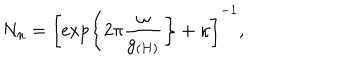
N _ { n } = \left[ \exp \left\{ 2 \pi \frac { \omega } { g _ { ( H ) } } \right\} + \kappa \right] ^ { - 1 } ,